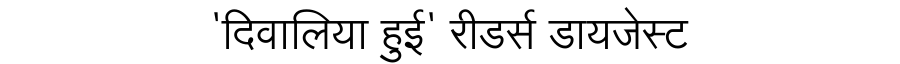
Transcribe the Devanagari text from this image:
'दिवालिया हुई' रीडर्स डायजेस्ट